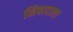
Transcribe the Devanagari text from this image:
निषादाला